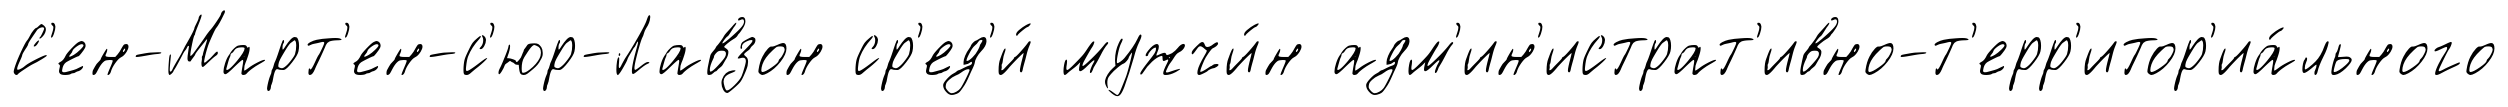
С'ен-Март'ен-с'юр-Лавзон ср'ед'и́ мужчи́н адм'ин'истрат'ивно-т'ерр'итор'иа́льного